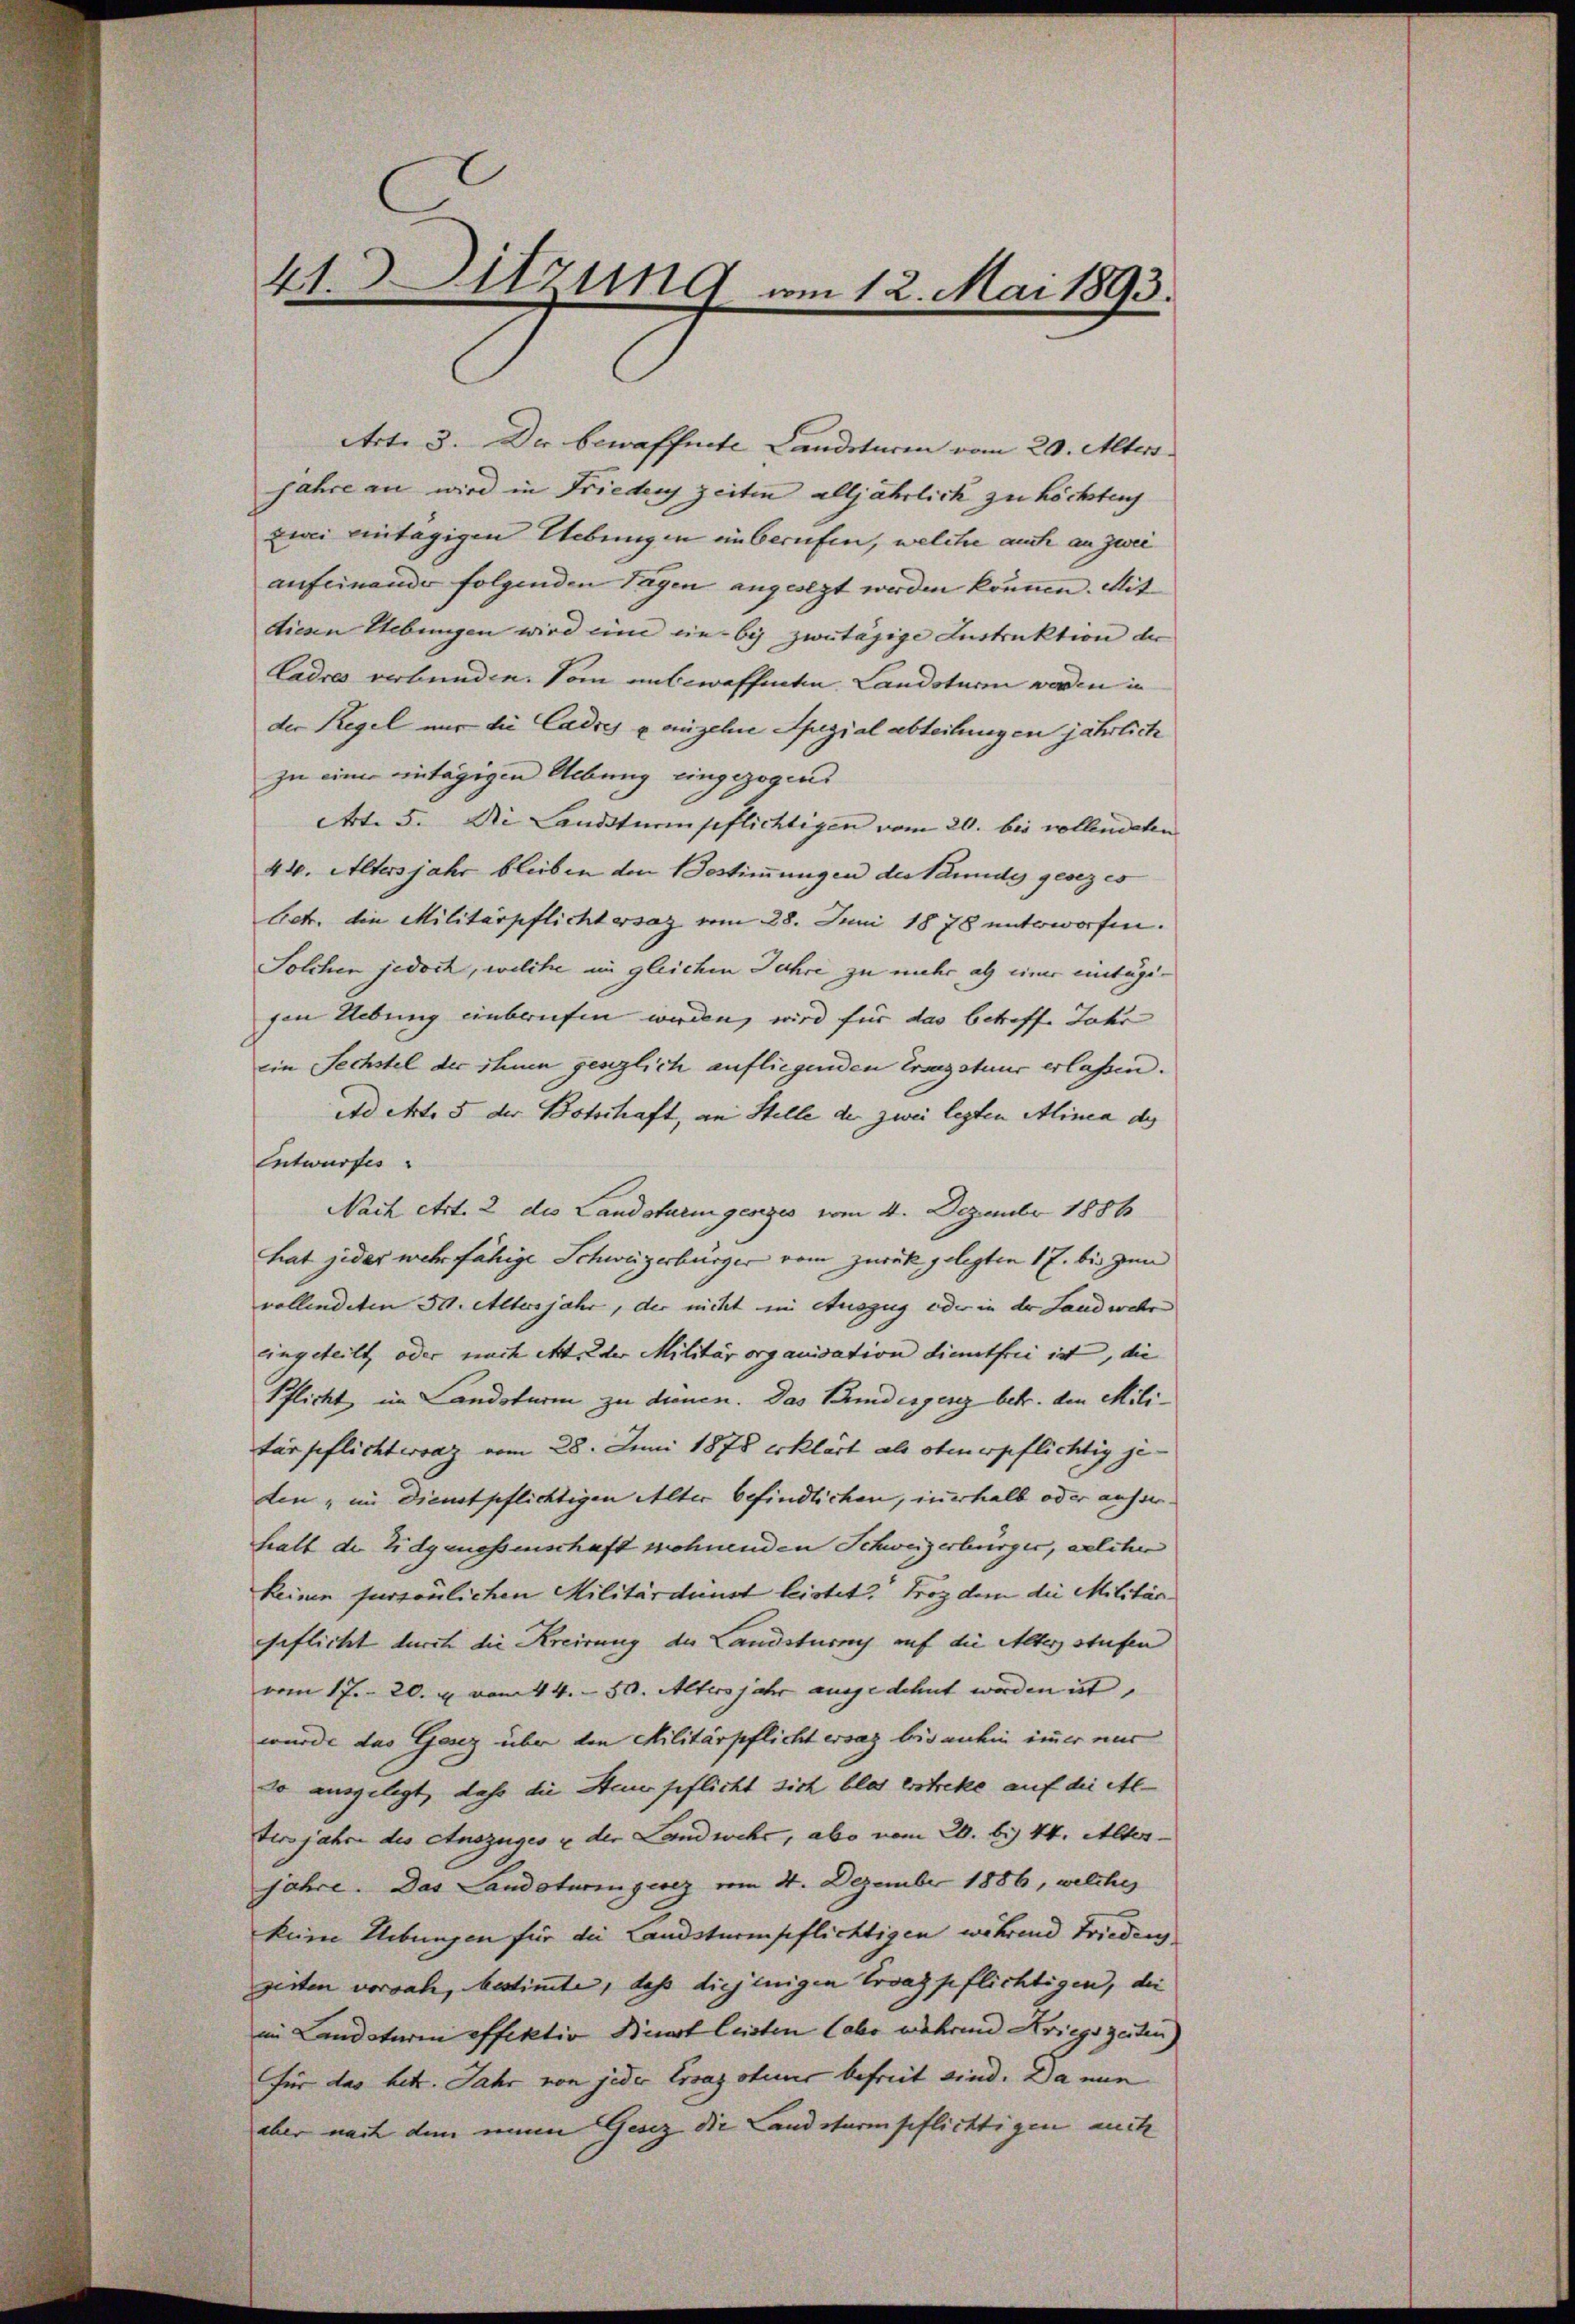
41. Sitzung am 12. Mai 1893.

Art. 3. Der bewaffnete Landsturen vom 20. Alters.
jahre an wird in Friedens zeiten alljährlich zu höchsten
zwi eintägigen Uebungen ein berufen, welcher auch an zwei
aufeinander folgenden Tagen angeolgt werden können. Mit
diesen Uebungen wird eine ein by zwutägige Instruktion der
Cadres verbunden. Vom unbewaffneten Landsturm werden in
der Regel nur die Cadres einzelne Spezialabteilungen jährlich
zu einer eintägigen Uebung eingezogen.
Art. 5. Die Landsturm pflichtigen vom 20. bis vollendeten
44. Altersjahr bleiben den Bestimmungen des Sanidis gesezes
Aetr. die Militärpflichtersaz vom 28. Juni 1878 unterworfen.
Solchen jedoch, welche im gleichen Jahre zu mehr als einer eintugisen Uebung einberufen werden, wird für das betreffe Jahr
ein Sechstel der ihnen genglich aufliegenden Ersazstuus erlassen.
Ad Art. 5 der Botschaft, an Stelle der zwei legten Alinea des
Entwurfes
Nach Art. 2 des Landsturingesezes vom 4. Dezember 1886
hat jeder mehr fähige Schweizerbürger vom zurück gelegten 17. bis zum
vollendeten 30. Altersjahr, der nicht im Auszug oder in der Landwehr
eingeteilt oder nach ettre der Militärorganisation dientfrei ist, die
Pflicht im Landsturm zu dienen. Das Bundesgenz betr. den Militärpflichterat vom 28. Juni 1878 erklärt als obenerpflichtig je-
den im Dienstpflichtigen Alter befindlichen, inerhalb oder ausserhalt der Eidgenossenschaft sehnenden Schweizerbürger, welchen
keinen fursönlichen Militärdinst leistet. Froz dem die Militärgeflicht durch die Kreirung der Landsturm auf die Alter stufen
vom 17. 20. u vom 14. 50. Altersjahr ausgedehnt werden ist,
wurde das Gesez über den Militärpflicht ersaz bisanhin immer nur
so ausgelegt, daß die Steuerpflicht sich blos erstreke auf die Al-
tersjahre des Auszuges u der Landwehr, abo vom 20. bis 14. Alter-
jahre. Das Landoturingesez vom 4. Dezember 1886, welches
kein Uebungen für die Landsturmpflichtigen während Frieden
gesten vorsah, bestimmte, dass diejenigen Croazpflichtigen, die
im Landaturin effektiv Bist leisten (aber während Kriegszeiten)
für das hetr. Jahr von jeder Ersaz otius befreit sind. Da nun
aber nach dem neue Gesez die Landsturmpflichtigen auch